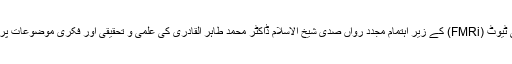
حسبِ روایت گزشتہ سال 2018ء میں بھی فریدِ ملّت رِیسرچ اِنسٹی ٹیوٹ (FMRi) کے زیرِ اِہتمام مجددِ رواں صدی شیخ الاسلام ڈاکٹر محمد طاہر القادری کی علمی و تحقیقی اور فکری موضوعات پر مختلف تصانیف زیورِ طبع سے آراستہ ہو کر منظرِ عام پر آئی ہیں۔